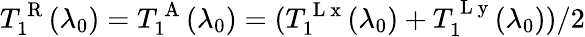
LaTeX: T_{1}^{\mathrm{~R~}}(\lambda_{0})=T_{1}^{\mathrm{~A~}}(\lambda_{0})=(T_{1}^{\mathrm{~L~x~}}(\lambda_{0})+T_{1}^{\mathrm{~L~y~}}(\lambda_{0}))/2